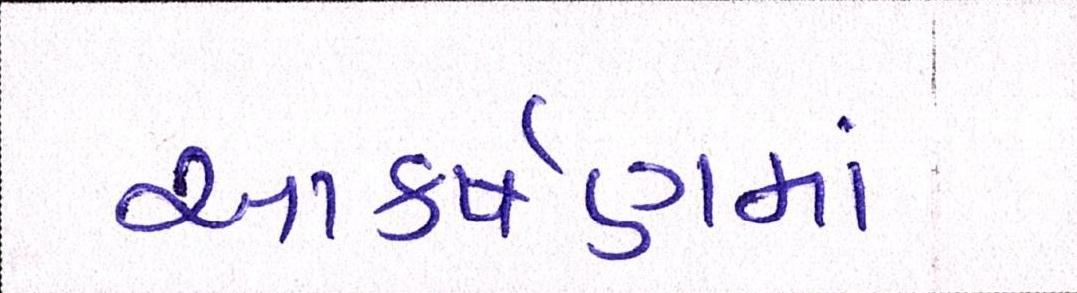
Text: આકર્ષણમાં